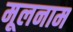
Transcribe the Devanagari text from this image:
मूलनाम